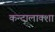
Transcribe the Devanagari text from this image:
कन्दालाक्शा